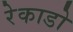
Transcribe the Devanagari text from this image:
रेकाडो